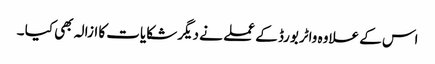
اس کے علاوہ واٹربورڈ کے عملے نے دیگر شکایات کا ازالہ بھی کیا ۔